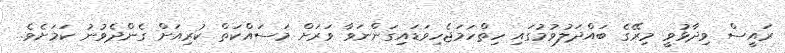
ރައީސް ވިދާޅުވީ މިރޭގެ ބައްދަލުވުމުގައި ހިތްހަމަޖެހިވަޑައިގަންނަވާ ވަރަށް މަސައްކަތް ކުރިއަށް ގެންދެވުނު ކަމަށެވެ.